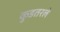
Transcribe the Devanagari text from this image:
कुडतरले